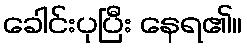
ခေါင်းပုပြီး နေရ၏။